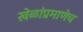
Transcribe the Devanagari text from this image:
खेळांप्रमाणेच